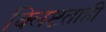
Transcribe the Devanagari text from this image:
क्लिष्टताही